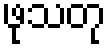
ဖုသတု